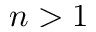
n > 1